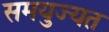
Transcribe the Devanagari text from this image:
समयुज्यत